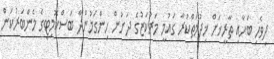
ދިވެހި ބަހާއި ތާރީޚަށް ޚިދުމަތްކުރާ ގައުމީ މަރުކަޒުގެ ދަށުން ހިންގަމުންދާ ބަސްކޮމިޓީގެ މެންބަރުކަން